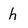
Character: h